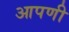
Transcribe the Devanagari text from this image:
आपणी